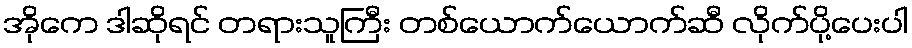
အိုကေ ဒါဆိုရင် တရားသူကြီး တစ်ယောက်ယောက်ဆီ လိုက်ပို့ပေးပါ